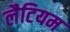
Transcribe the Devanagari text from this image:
लैटियम